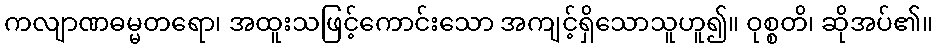
ကလျာဏဓမ္မတရော၊ အထူးသဖြင့်ကောင်းသော အကျင့်ရှိသောသူဟူ၍။ ဝုစ္စတိ၊ ဆိုအပ်၏။